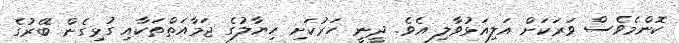
ކޮންމެވެސް ވަރަކަށް އަލިއަޅުވާލި އެވެ. ދީނީ ހަރުކަށި ހިޔާލުގެ ޖަމާއަތްތަކާއި ގުޅިގެން ބޭރުގެ